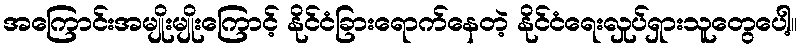
အကြောင်းအမျိုးမျိုးကြောင့် နိုင်ငံခြားရောက်နေတဲ့ နိုင်ငံရေးလှုပ်ရှားသူတွေပေါ့။